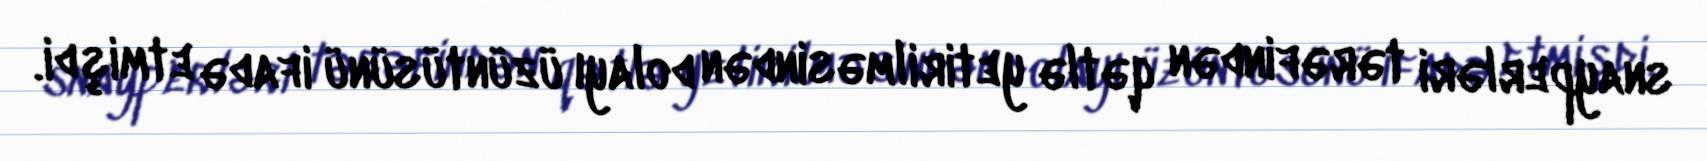
snayperləri tərəfindən qətlə yetirilməsindən dolayı üzüntüsünü ifadə etmişdi.